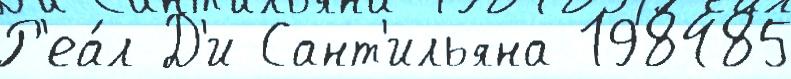
Р'еа́л Д'и Сант'ильяна 198485